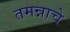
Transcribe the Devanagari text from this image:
तमन्नाचे